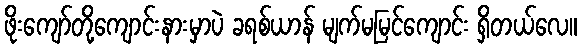
ဖိုးကျော်တို့ကျောင်းနားမှာပဲ ခရစ်ယာန် မျက်မမြင်ကျောင်း ရှိတယ်လေ။